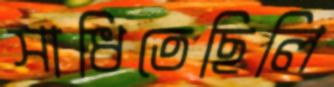
সাধিতেছিলি